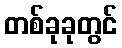
တစ်ခုခုတွင်